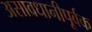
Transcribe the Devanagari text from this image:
असावधानीपूर्वक